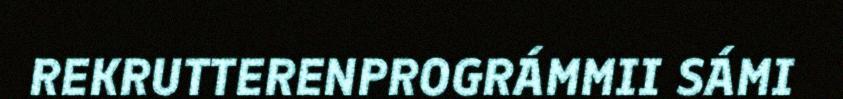
REKRUTTERENPROGRÁMMII SÁMI